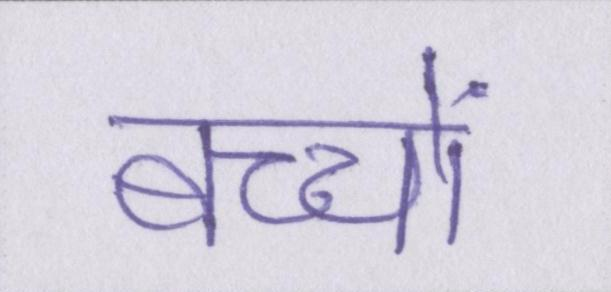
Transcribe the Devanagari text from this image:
बच्चों